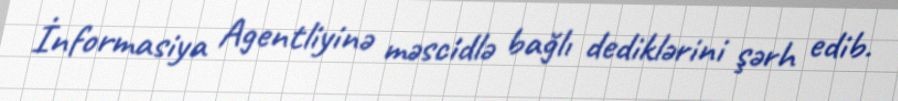
İnformasiya Agentliyinə məscidlə bağlı dediklərini şərh edib.